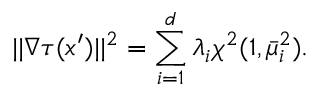
| | \nabla \tau ( x ^ { \prime } ) | | ^ { 2 } = \sum _ { i = 1 } ^ { d } \lambda _ { i } \chi ^ { 2 } ( 1 , \bar { \mu } _ { i } ^ { 2 } ) .